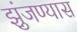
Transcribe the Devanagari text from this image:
झुंजण्यास